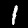
Digit: 1